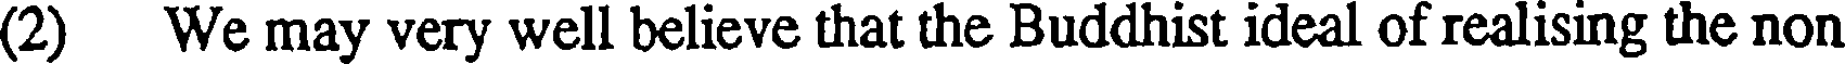
(2) We may very well believe that the Buddhist ideal of realising the non